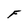
Character: F